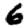
Digit: 6